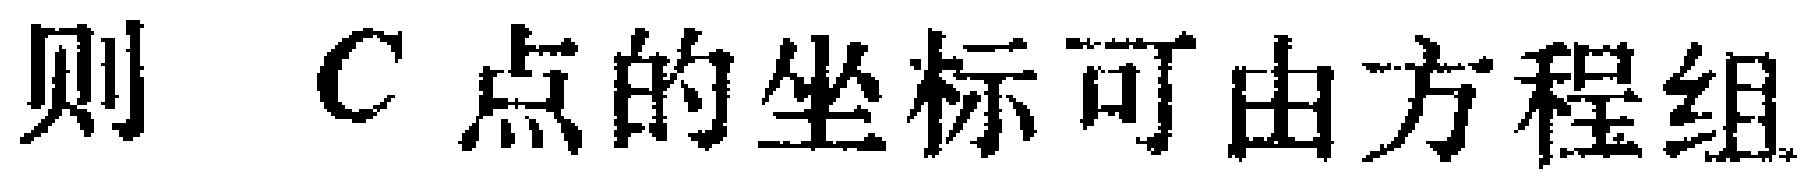
则 \(C\) 点的坐标可由方程组